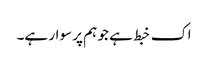
اک خبط ہے جو ہم پر سوار ہے۔